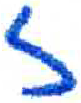
אות: ז